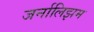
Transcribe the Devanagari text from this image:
जर्नालिझम